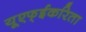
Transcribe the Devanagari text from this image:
यूएफ्ईकरिता